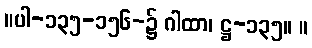
။ပါ-၁၃၅-၁၅၆-၌ ဂါထာ၊ ဋ္ဌ-၁၃၅။ ။